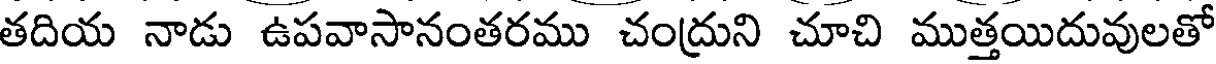
తదియ నాడు ఉపవాసానంతరము చంద్రుని చూచి ముత్తయిదువులతో